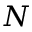
N